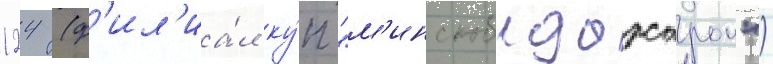
124 (ф'ил'иа́л ку́п "м'инскоблдорстрои")